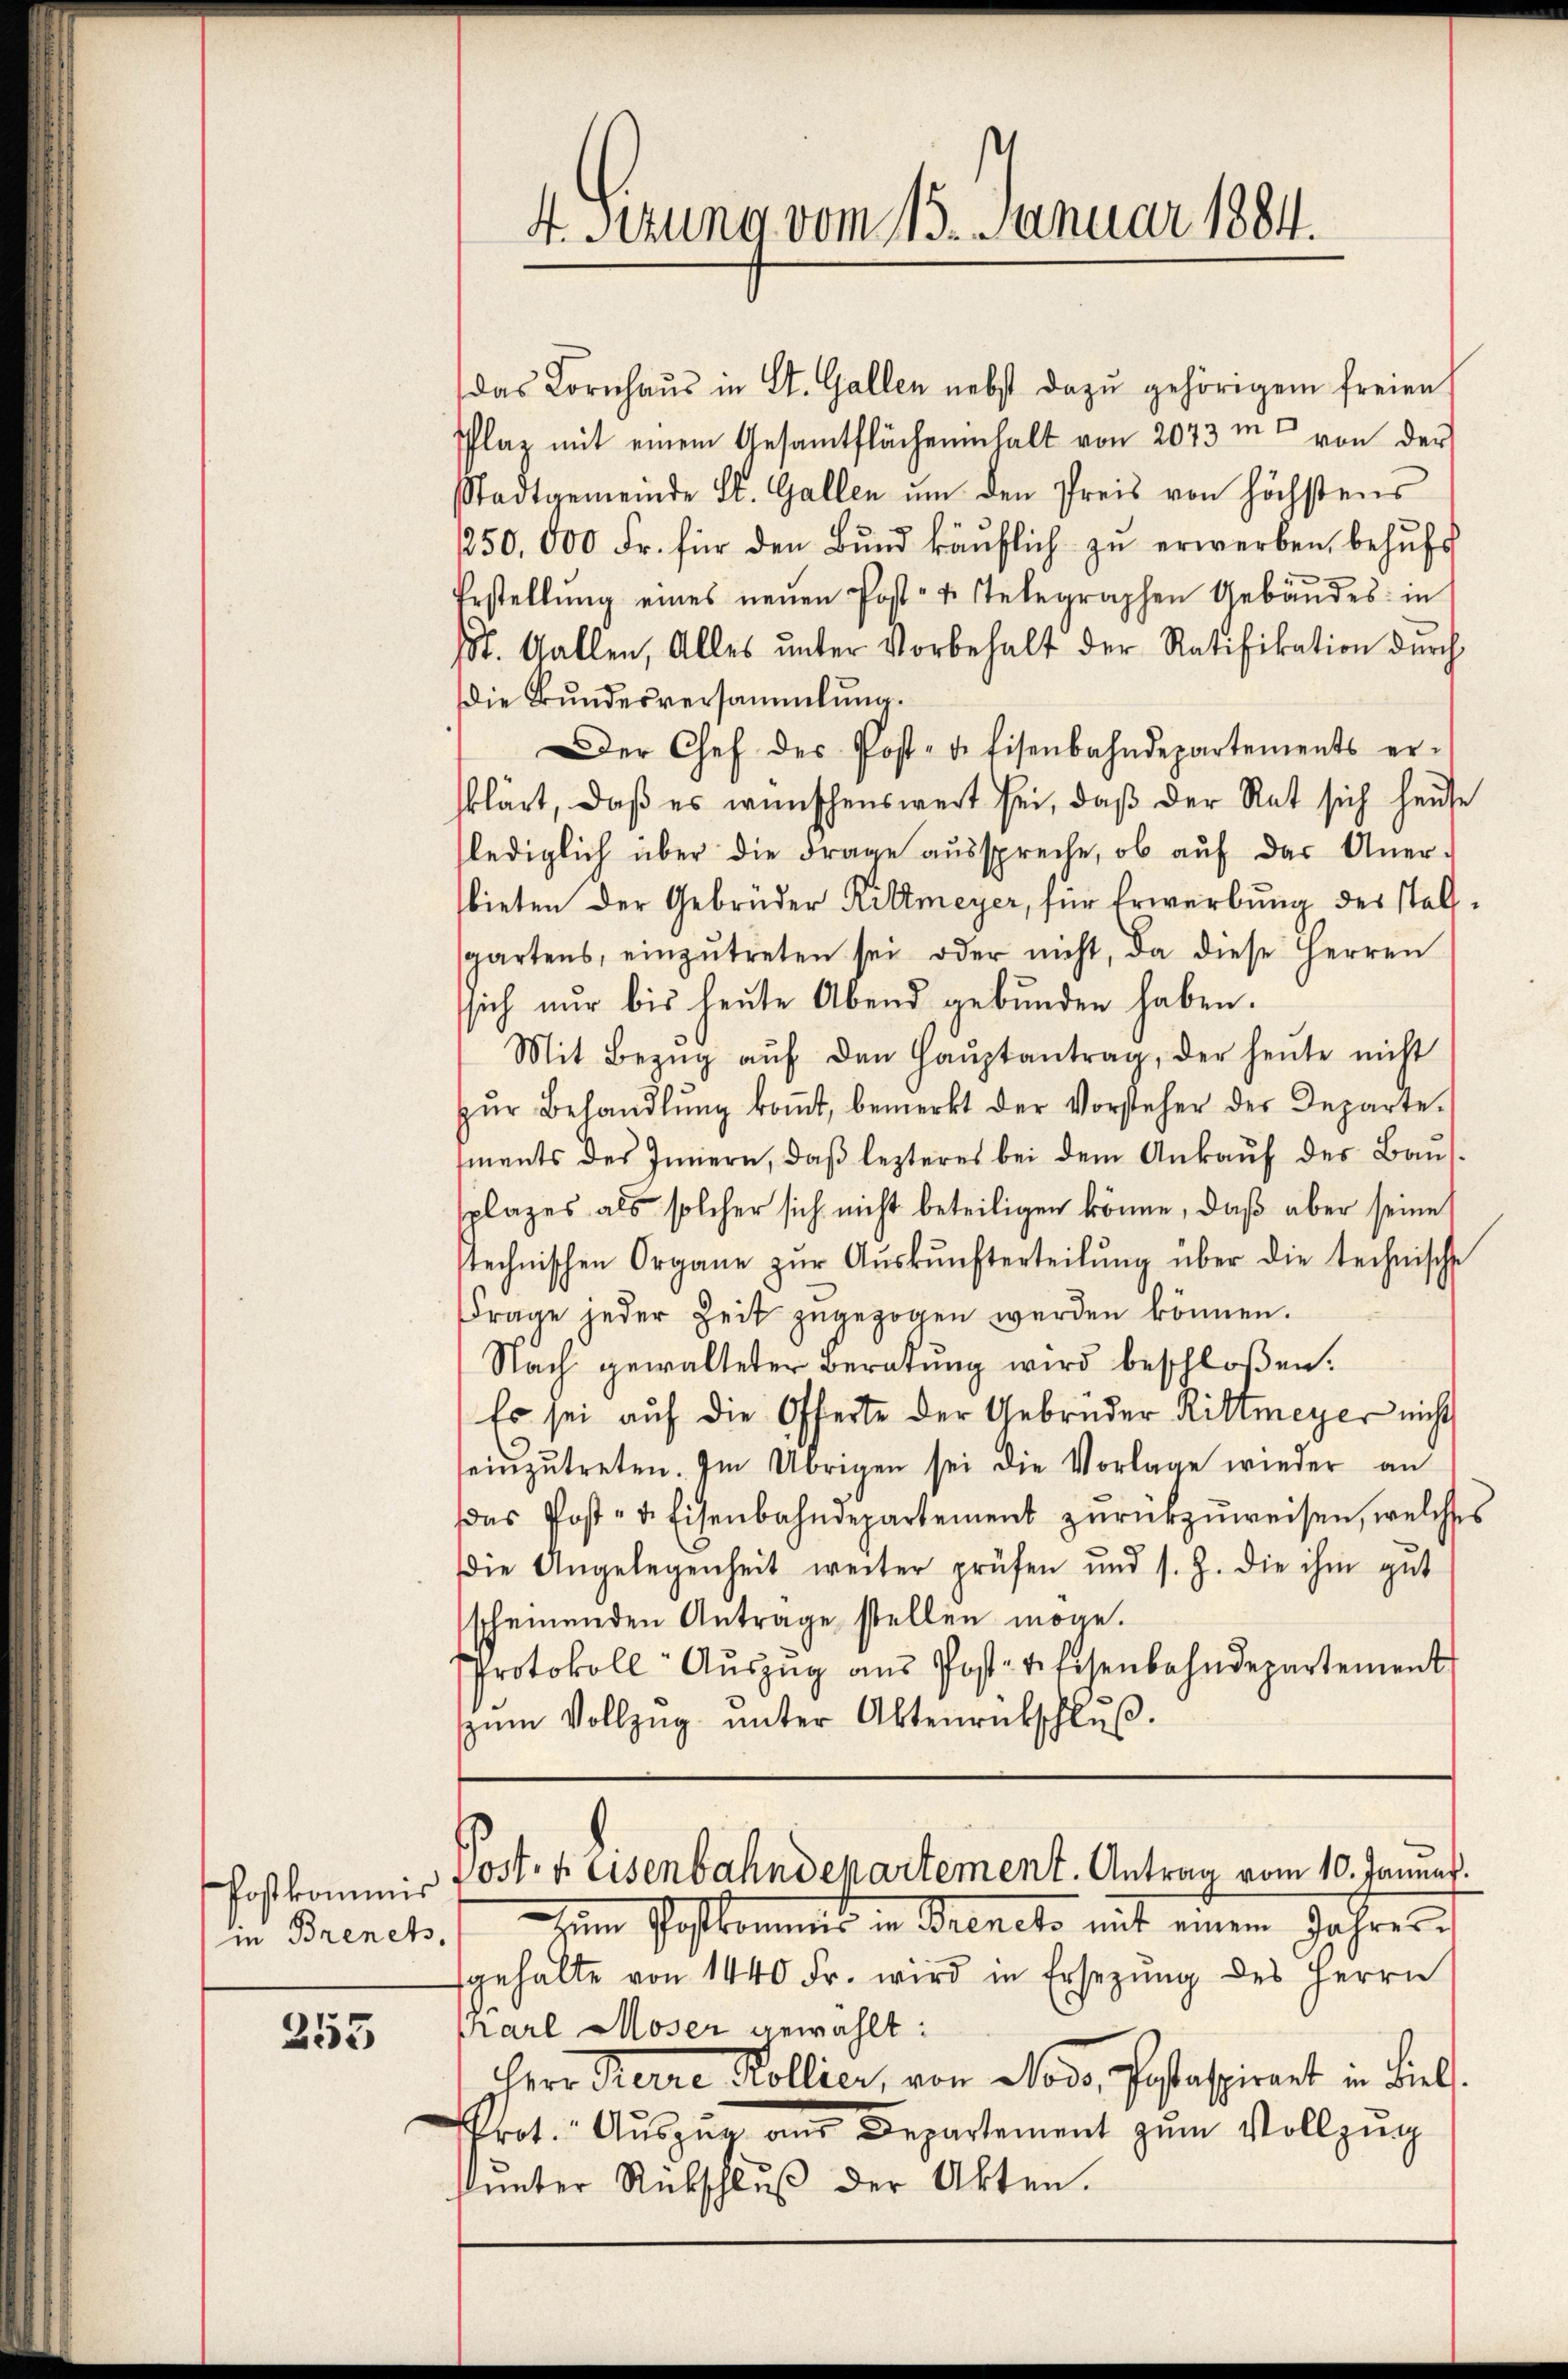
in Brench,

255

4. Setzung vom 115. Januar 1884.

das Kornhaŭs in St. Gallen nebst dazu gehörigen freien,
Plaz mit einem Gesamtflächeninhalt von 2073 m von der
Stadtgemeinde St. Gallen um den Preis von höchstens
250,000 Fr. für den Bund käŭflich zu erwerben behufs
Erstellŭng eines neŭen Post- u. Telegraphen Gebäŭdes in
18t. Gallen, Alles ŭnter Vorbehalt der Ratifikation durch
Die Bundesversammlung.
Der Chef des Post- de Eisenbahndepartements er-
klärt, daß es wünschenswert sei, daß der Rat sich hause
lediglich über die Frage aŭsspreche, ob auf der Aner-
bieten der Gebrüder Rittmeyer, für Erwerbung des Stellgartens, einzŭtreten sei oder nicht, da diese Herren
sich nŭr bis heŭte Abend gebŭnden haben.
Mit Bezŭg aŭf den Haŭptantrag, der heŭte nicht
zŭr Behandlŭng koṁt, bemerkt der Vorsteher der Departe.
ments des Innern, daβ lezteres bei dem Ankaŭf des Baŭs.
splages als solcher sich nicht beteiligen könne, daß aber seine
stechnischen Organe zŭr Aŭskŭnfterteilŭng über die technische
Frage jeder Zeit zugezogen werden können.
Nach gewalteter Beratung wird beschloßen:
Es sei auf die Offerte der Gebrüder Rittmeyer nicht
einzŭtreten. Im Übrigen sei die Vorlage wieder an
das Post- u. Eisenbahndepartement zŭrückzŭweisen, welches
die Angelegenheit weiter prüfen und s. Z. die ihm gut
scheinenden Anträge stellen möge.
Protokoll Aŭszŭg aŭs Post-Telesenbahndepartement
zŭm Vollzŭg ŭnter Aktenrückschluß.

Postkommis Post- u. Eisenbahndepartement. Antrag vom 10. Januar.

im Postkommnis in Brencto mit einen Jahres
fgehalte von 1440 Fr. wird in Ersetzŭng des Herrn
Karl Moser gewählt:
Herr Karre Kollier, von Noss, Pestasiert in Liebl.
Prot. Aŭszŭg an Departement zŭm Vollzŭg
fŭnter Rückschlŭβ der Akten.